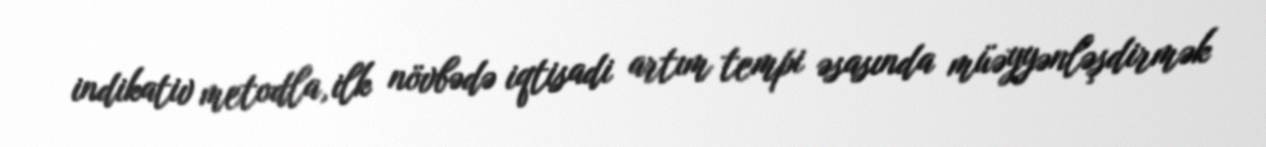
indikativ metodla, ilk növbədə iqtisadi artım tempi əsasında müəyyənləşdirmək